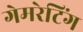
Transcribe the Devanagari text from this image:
गेमरेटिंग